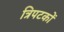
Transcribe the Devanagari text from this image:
त्रिपटकों